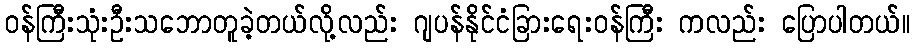
ဝန်ကြီးသုံးဦးသဘောတူခဲ့တယ်လို့လည်း ဂျပန်နိုင်ငံခြားရေးဝန်ကြီး ကလည်း ပြောပါတယ်။